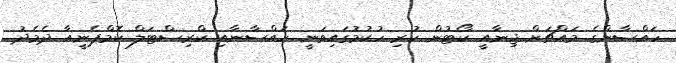
ހައްސާންގެ މައްޗަށް ޖިނާއީ ކޯޓުން ކުރި ހުކުމުގައިވަނީ ހައްސާނާއި ކްރިސްޓަލް ކޮމްޕެނިީއާ ދެމެދު